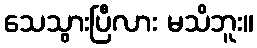
သေသွားပြီလား မသိဘူး။